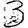
Digit: 3